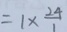
= 1 \times \frac { 2 4 } { 1 }